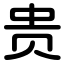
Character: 贵